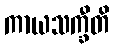
ကာယသက္ခီတိ